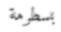
بسطرمة